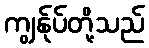
ကျွန်ုပ်တို့သည်